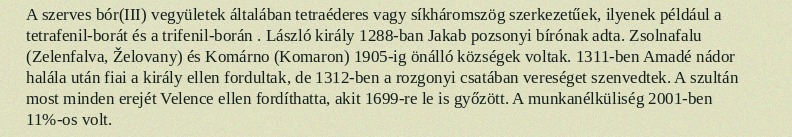
A szerves bór(III) vegyületek általában tetraéderes vagy síkháromszög szerkezetűek, ilyenek például a tetrafenil-borát és a trifenil-borán . László király 1288-ban Jakab pozsonyi bírónak adta. Zsolnafalu (Zelenfalva, Želovany) és Komárno (Komaron) 1905-ig önálló községek voltak. 1311-ben Amadé nádor halála után fiai a király ellen fordultak, de 1312-ben a rozgonyi csatában vereséget szenvedtek. A szultán most minden erejét Velence ellen fordíthatta, akit 1699-re le is győzött. A munkanélküliség 2001-ben 11%-os volt.